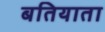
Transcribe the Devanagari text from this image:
बतियाता